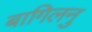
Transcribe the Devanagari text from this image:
बागिलनु